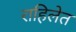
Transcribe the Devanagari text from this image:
राहिलेत